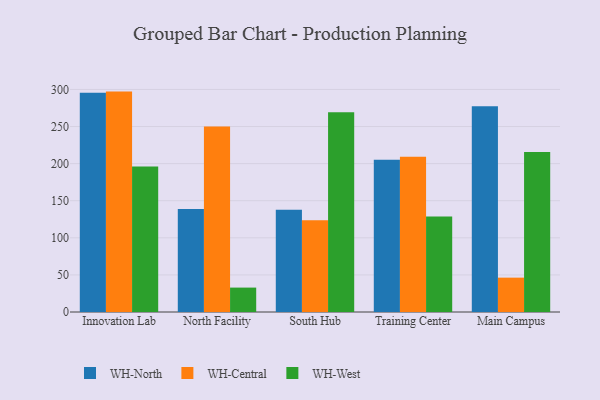
{"axis": {"x": "Campus", "y": "Headcount"}, "legend": ["WH-Central", "WH-North", "WH-West"], "data": [{"x": "Innovation Lab", "y": 295.7, "type": "WH-North"}, {"x": "Innovation Lab", "y": 297.1, "type": "WH-Central"}, {"x": "Innovation Lab", "y": 196.2, "type": "WH-West"}, {"x": "North Facility", "y": 138.7, "type": "WH-North"}, {"x": "North Facility", "y": 250.2, "type": "WH-Central"}, {"x": "North Facility", "y": 32.9, "type": "WH-West"}, {"x": "South Hub", "y": 138.0, "type": "WH-North"}, {"x": "South Hub", "y": 123.8, "type": "WH-Central"}, {"x": "South Hub", "y": 269.2, "type": "WH-West"}, {"x": "Training Center", "y": 205.4, "type": "WH-North"}, {"x": "Training Center", "y": 209.2, "type": "WH-Central"}, {"x": "Training Center", "y": 128.8, "type": "WH-West"}, {"x": "Main Campus", "y": 277.5, "type": "WH-North"}, {"x": "Main Campus", "y": 46.3, "type": "WH-Central"}, {"x": "Main Campus", "y": 215.7, "type": "WH-West"}]}